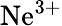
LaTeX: \mathrm{Ne^{3+}}